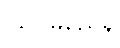
ဩပမညေန